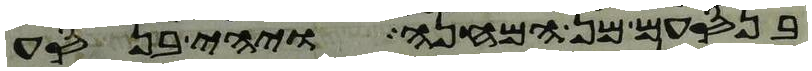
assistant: בנסעם מן המחנה ויהי בנסע